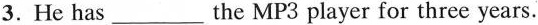
3.He has___ the MP3 player for three years.